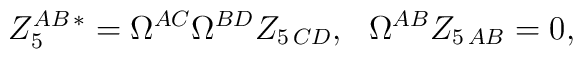
Z_5^{AB\, *}=\Omega^{AC}\Omega^{BD} Z_{5\,CD}, \ \  \Omega^{AB}Z_{5\,AB}=0  ,